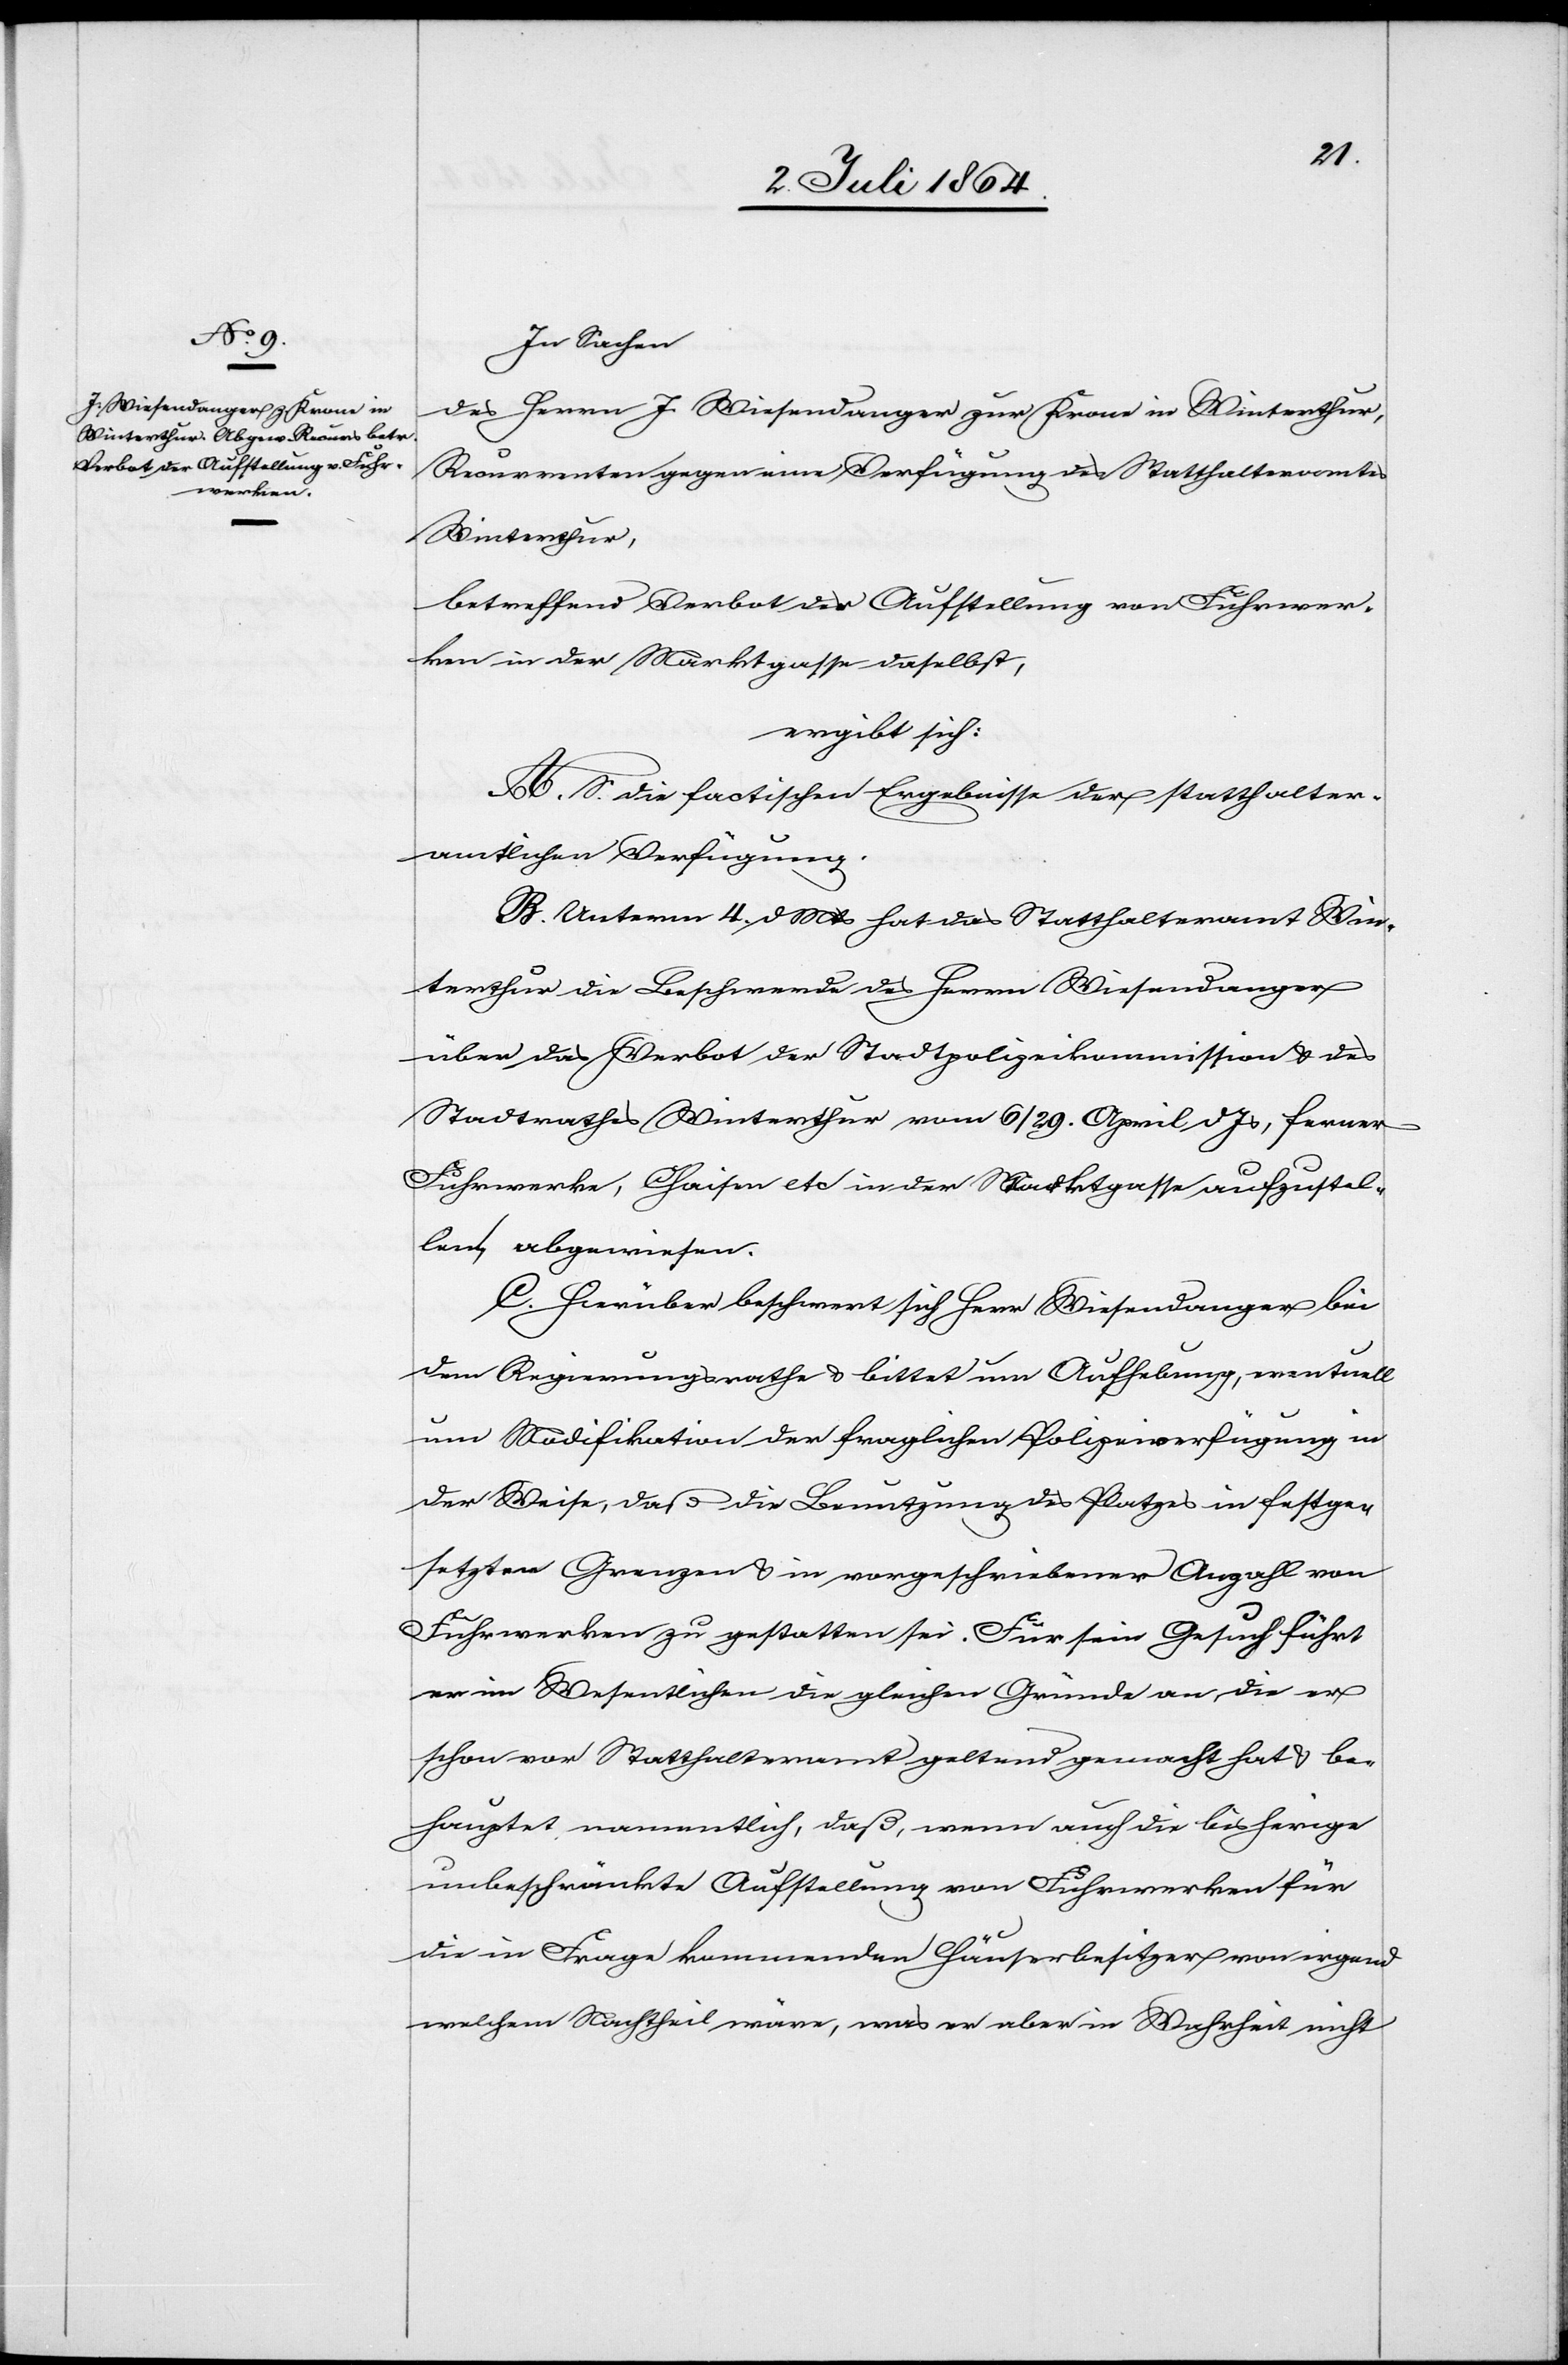
In Sachen
des Herrn J. Wiesendanger zur Krone in Winterthur,
Recurrenten gegen eine Verfügung des Statthalteramtes
Winterthur,
betreffend Verbot der Aufstellung von Fuhrwer¬
ken in der Marktgasse daselbst,
ergibt sich:
A. S. die factischen Ergebnisse der statthalter¬
amtlichen Verfügung.
B. Unterm 4. d. Mts. hat das Statthalteramt Win¬
terthur die Beschwerde des Herrn Wiesendanger
über das Verbot der Stadtpolizeikommission u. des
Stadtrathes Winterthur vom 6/29. April d. Js., ferner
Fuhrwerke, Chaisen etc in der Marktgasse aufzustel¬
len, abgewiesen.
C. Hierüber beschwert sich Herr Wiesendanger bei
dem Regierungsrathe u. bittet um Aufhebung, eventuell
um Modifikation der fraglichen Polizeiverfügung in
der Weise, daß die Benutzung des Platzes in festge¬
setzten Grenzen u. in vorgeschriebener Anzahl von
Fuhrwerken zu gestatten sei. Für sein Gesuch führt
er im Wesentlichen die gleichen Gründe an die er
schon vor Statthalteramt geltend gemacht hat u. be¬
hauptet namentlich, daß, wenn auch die bisherige
unbeschränkte Aufstellung von Fuhrwerken für
die in Frage kommenden Häuserbesitzer von irgend
welchem Nachtheil wäre, was er aber in Wahrheit nicht